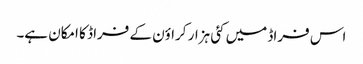
اس فراڈ میں کئی ہزار کراؤن کے فراڈ کا امکان ہے۔